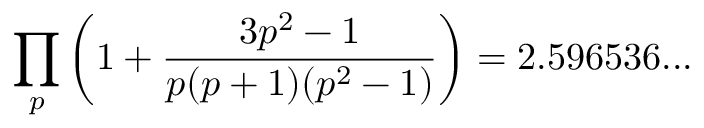
\prod _ { p } \left( 1 + { \frac { 3 p ^ { 2 } - 1 } { p ( p + 1 ) ( p ^ { 2 } - 1 ) } } \right) = 2 . 5 9 6 5 3 6 . . .